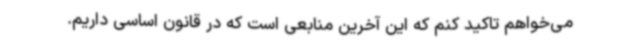
می‌خواهم تاکید کنم که این آخرین منابعی است که در قانون اساسی داریم.